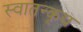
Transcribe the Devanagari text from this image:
स्वातन्कृय